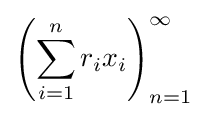
\left(\sum _{i=1}^{n}r_{i}x_{i}\right)_{n=1}^{\infty }